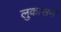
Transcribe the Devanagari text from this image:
लुकासने